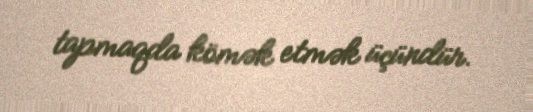
tapmaqda kömək etmək üçündür.